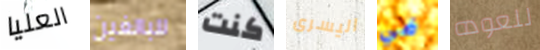
العليا للبالغين كنت اليسرى في للعوده